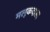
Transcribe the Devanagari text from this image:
मलूकदास।